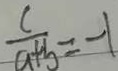
\frac { c } { a + b } = - 1